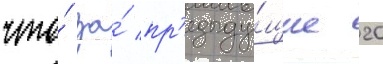
что́ за́ пр'едыду́щие 20